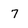
Character: 7